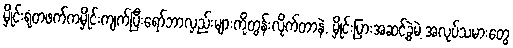
မှိုင်းရုံတဖက်ကမှိုင်းကျက်ပြီးရော်ဘာလှည်းများကိုတွန်းလိုက်တာနဲ. မှိုင်းပြားအဆင့်ခွဲမဲ့ အလုပ်သမားတွေ